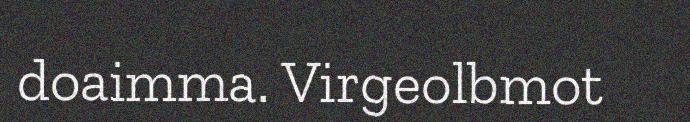
doaimma. Virgeolbmot